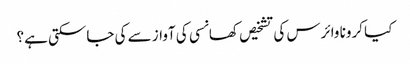
کیا کرونا وائرس کی تشخیص کھانسی کی آواز سے کی جاسکتی ہے؟